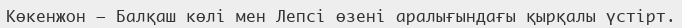
Көкенжон – Балқаш көлі мен Лепсі өзені аралығындағы қырқалы үстірт.